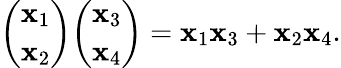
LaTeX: {\binom{\mathbf{x}_{1}}{\mathbf{x}_{2}}}{\binom{\mathbf{x}_{3}}{\mathbf{x}_{4}}}=\mathbf{x}_{1}\mathbf{x}_{3}+\mathbf{x}_{2}\mathbf{x}_{4}.